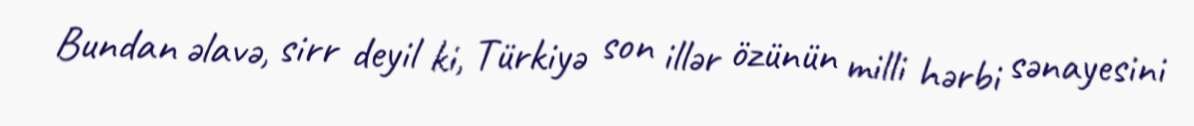
Bundan əlavə, sirr deyil ki, Türkiyə son illər özünün milli hərbi sənayesini